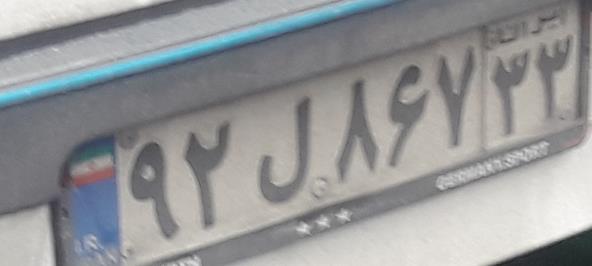
۹۲ل۸۶۷۳۳